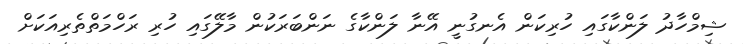
ޝިމްހާދު ލަންކާގައި ހުރިކަން އެނގުނީ އޭނާ ލަންކާގެ ނަންބަރަކުން މާލޭގައި ހުރި ރަހްމަތްތެރިއަކަށް